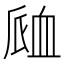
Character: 𧖴